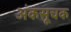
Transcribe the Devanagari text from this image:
अंकसूचक